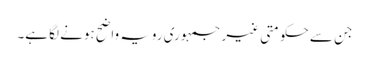
جن سے حکومتی غیر جمہوری رویہ واضح ہونے لگا ہے۔